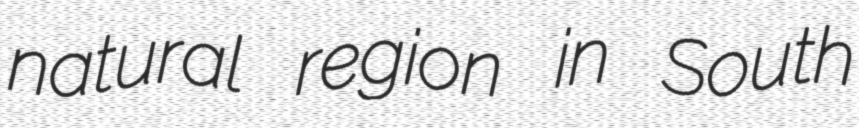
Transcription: natural region in South